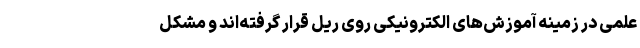
علمی در زمینه آموزش‌های الکترونیکی روی ریل قرار گرفته‌اند و مشکل